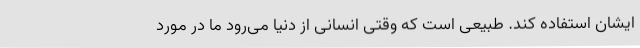
ایشان استفاده کند. طبیعی است که وقتی انسانی از دنیا می‌رود ما در مورد